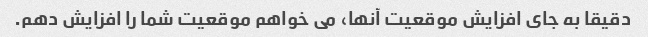
دقیقا به جای افزایش موقعیت آنها، می خواهم موقعیت شما را افزایش دهم.